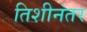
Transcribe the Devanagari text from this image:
तिशीनंतर